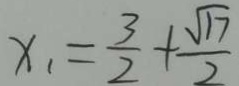
x _ { 1 } = \frac { 3 } { 2 } + \frac { \sqrt { 1 7 } } { 2 }